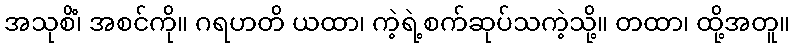
အသုစိံ၊ အစင်ကို။ ဂရဟတိ ယထာ၊ ကဲ့ရဲ့စက်ဆုပ်သကဲ့သို့။ တထာ၊ ထို့အတူ။